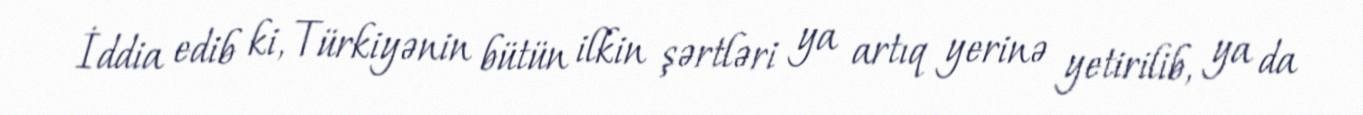
İddia edib ki, Türkiyənin bütün ilkin şərtləri ya artıq yerinə yetirilib, ya da